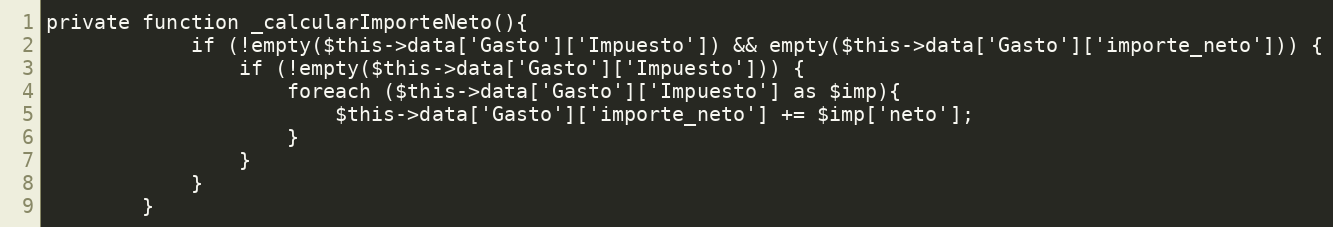
Language: PHP
private function _calcularImporteNeto(){
            if (!empty($this->data['Gasto']['Impuesto']) && empty($this->data['Gasto']['importe_neto'])) {
                if (!empty($this->data['Gasto']['Impuesto'])) {
                    foreach ($this->data['Gasto']['Impuesto'] as $imp){
                        $this->data['Gasto']['importe_neto'] += $imp['neto'];
                    }
                }
            }
        }